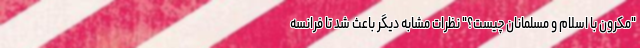
"مکرون با اسلام و مسلمانان چیست؟" نظرات مشابه دیگر باعث شد تا فرانسه